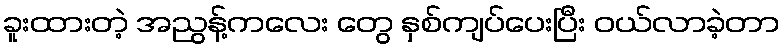
ခူးထားတဲ့ အညွန့်ကလေး တွေ နှစ်ကျပ်ပေးပြီး ဝယ်လာခဲ့တာ